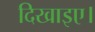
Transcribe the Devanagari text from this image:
दिखाइए।